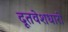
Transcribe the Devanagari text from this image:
दूतवेशधारी